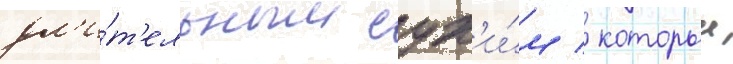
дл'и́т'ельным сух'и́м / которыи